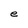
Character: e